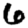
Digit: 6